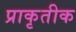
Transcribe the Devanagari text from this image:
प्राकृतीक